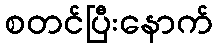
စတင်ပြီးနောက်